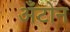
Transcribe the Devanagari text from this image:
अँटोन